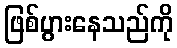
ဖြစ်ပွားနေသည်ကို